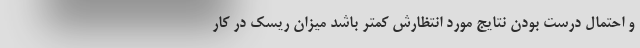
و احتمال درست بودن نتایج مورد انتظارش کمتر باشد میزان ریسک در کار